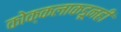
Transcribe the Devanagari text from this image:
कोक्कलाकडूनही